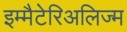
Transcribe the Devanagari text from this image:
इम्मैटेरिअलिज्म